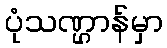
ပုံသဏ္ဌာန်မှာ